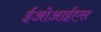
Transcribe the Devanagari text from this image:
ईओआईएस